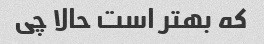
که بهتر است حالا چی